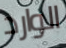
الوارد